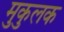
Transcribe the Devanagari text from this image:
मुकुलक